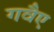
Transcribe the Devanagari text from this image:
गवैए